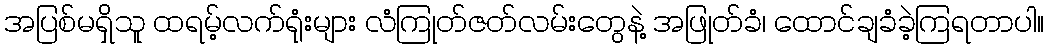
အပြစ်မရှိသူ ထရမ့်လက်ရုံးများ လံကြုတ်ဇတ်လမ်းတွေနဲ့ အဖြုတ်ခံ၊ ထောင်ချခံခဲ့ကြရတာပါ။